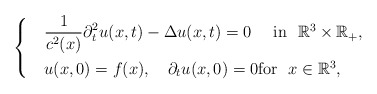
\begin{align*}\begin{cases}& \displaystyle{\frac{1}{c^2(x)}\partial_t^2 u(x, t)-\Delta u(x, t)=0 \quad\ \mbox{in\ \ $\mathbb{R}^3\times \mathbb{R}_+,$}}\smallskip \\& u(x,0)=f(x),\ \ \ \partial_t u(x,0)=0\mbox{for \ $x\in\mathbb{R}^3$},\end{cases}\end{align*}